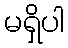
မရှိပါ